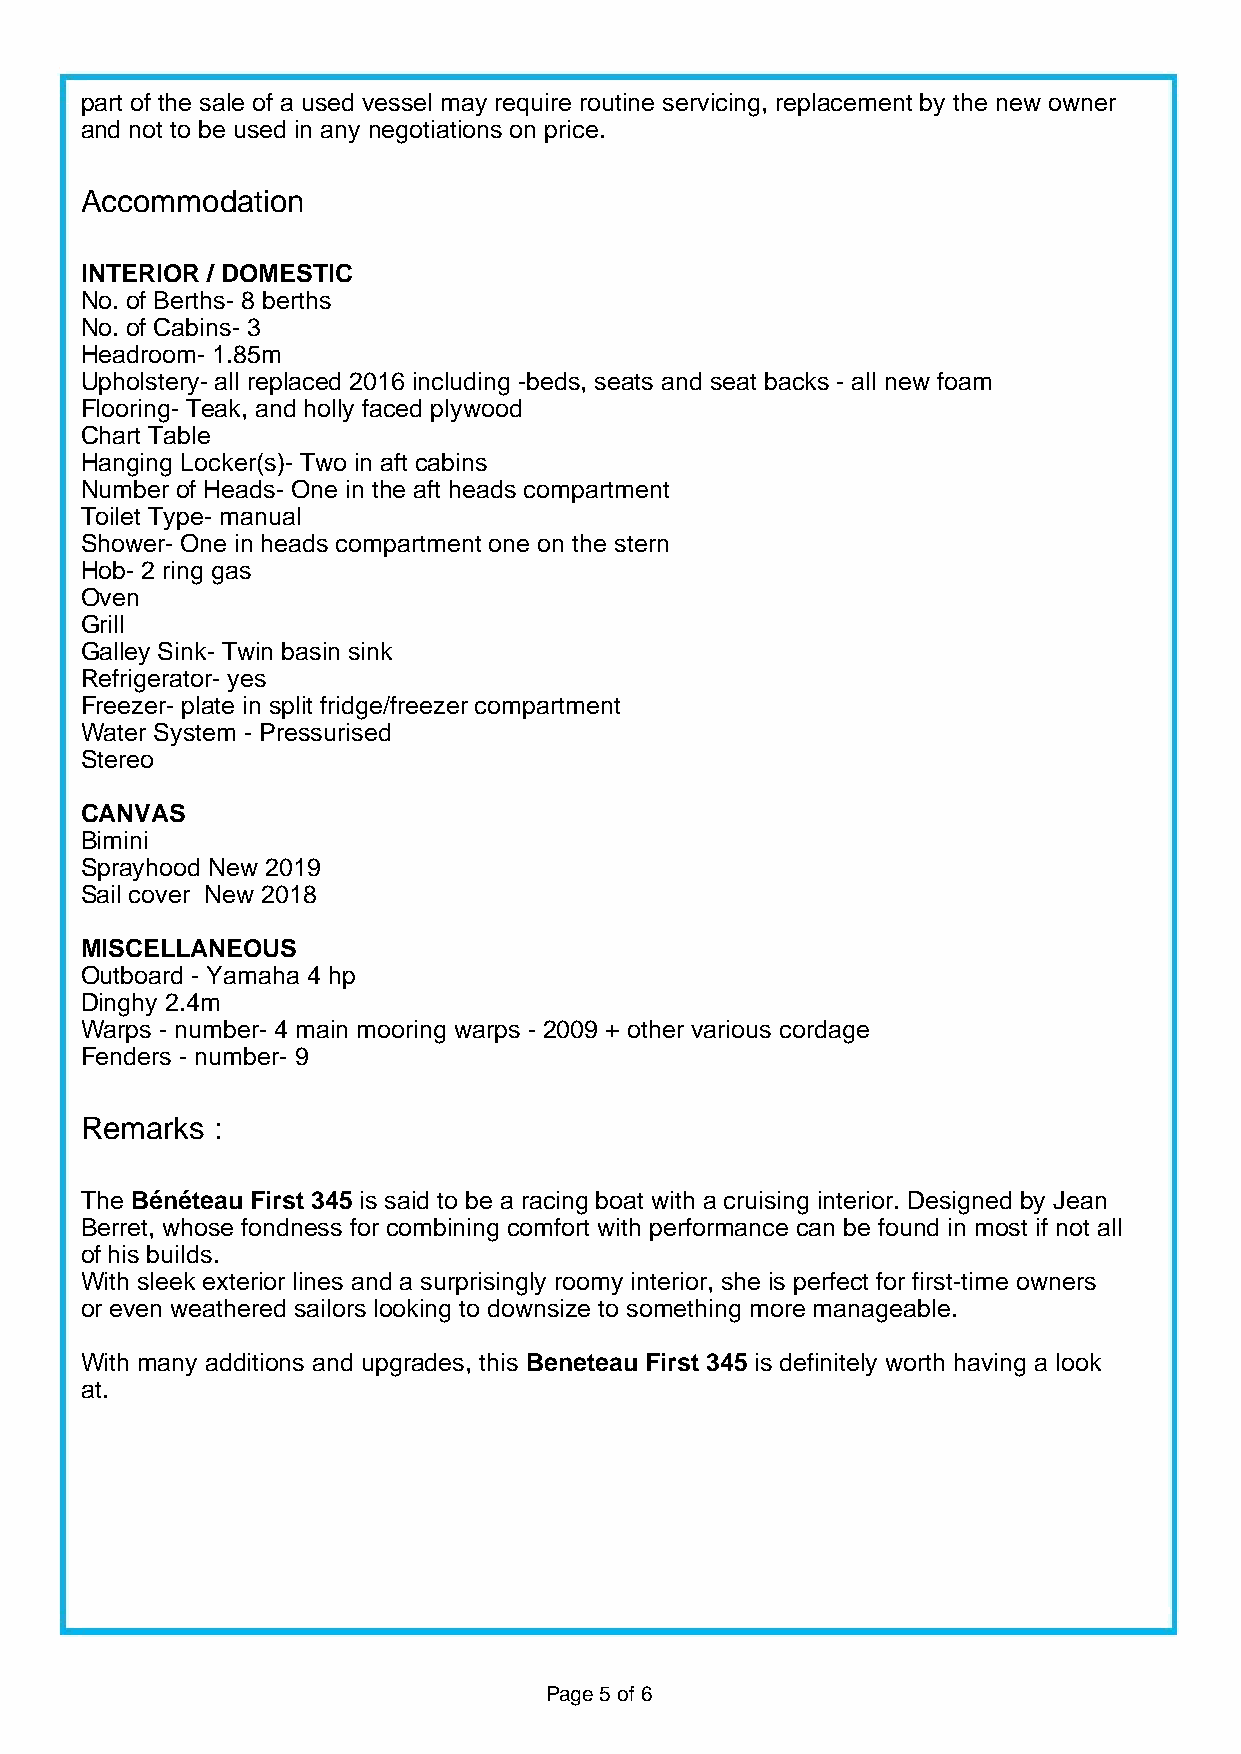
part of the sale of a used vessel may require routine servicing, replacement by the new owner
 and not to be used in any negotiations on price.
 Accommodation
 INTERIOR / DOMESTIC
 No. of Berths- 8 berths
 No. of Cabins- 3
 Headroom- 1.85m
 Upholstery- all replaced 2016 including -beds, seats and seat backs - all new foam
 Flooring- Teak, and holly faced plywood
 Chart Table
 Hanging Locker(s)- Two in aft cabins
 Number of Heads- One in the aft heads compartment
 Toilet Type- manual
 Shower- One in heads compartment one on the stern
 Hob- 2 ring gas
 Oven
 Grill
 Galley Sink- Twin basin sink
 Refrigerator- yes
 Freezer- plate in split fridge/freezer compartment
 Water System - Pressurised
 Stereo
 CANVAS
 Bimini
 Sprayhood New 2019
 Sail cover New 2018
 MISCELLANEOUS
 Outboard - Yamaha 4 hp
 Dinghy 2.4m
 Warps - number- 4 main mooring warps - 2009 + other various cordage
 Fenders - number- 9
 Remarks  :
 The Bénéteau First 345 is said to be a racing boat with a cruising interior. Designed by Jean
 Berret, whose fondness for combining comfort with performance can be found in most if not all
 of his builds.
 With sleek exterior lines and a surprisingly roomy interior, she is perfect for first-time owners
 or even weathered sailors looking to downsize to something more manageable.
 With many additions and upgrades, this Beneteau First 345 is definitely worth having a look
 at.
 Page 5 of 6